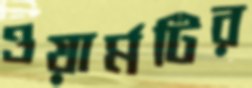
ওয়ার্মটির